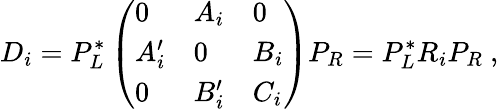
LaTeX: D_{i}=P_{L}^{*}\left(\begin{array}{lll}{{0}}&{{A_{i}}}&{{0}}\\ {{A_{i}^{\prime}}}&{{0}}&{{B_{i}}}\\ {{0}}&{{B_{i}^{\prime}}}&{{C_{i}}}\end{array}\right)P_{R}=P_{L}^{*}R_{i}P_{R}\ ,